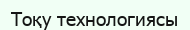
Тоқу технологиясы